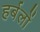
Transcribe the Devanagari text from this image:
हर्बलों